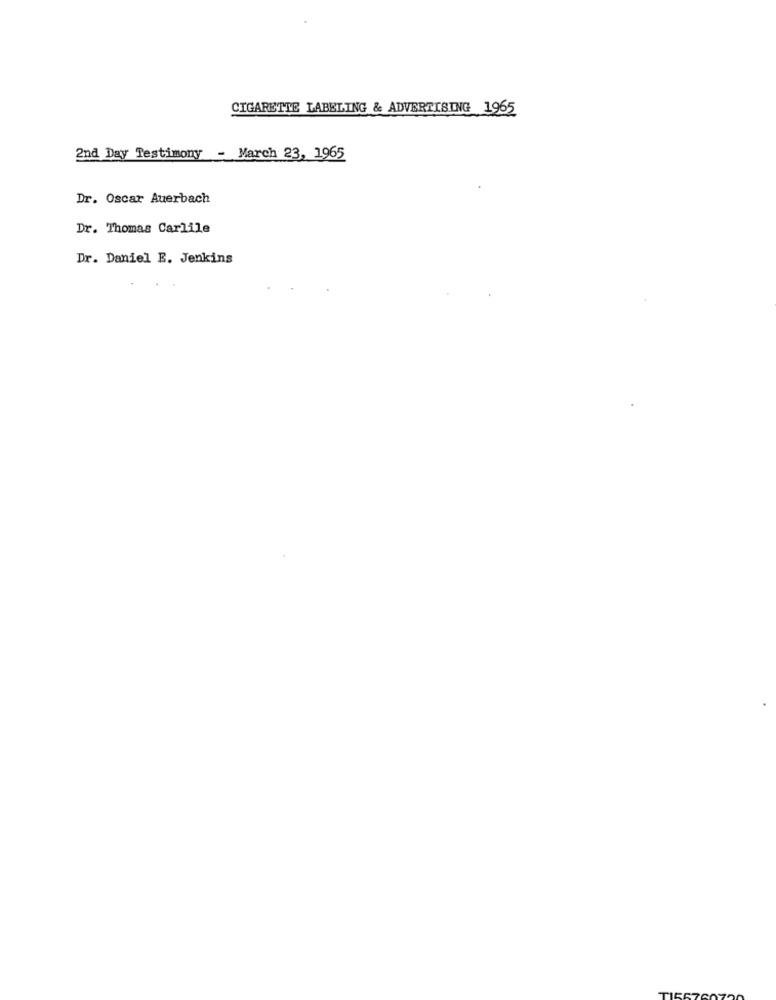
CIGARETTE LABELING & ADVERTISING 1965
2nd Day Testimony - March 23, 1965
Dr. Oscar Auerbach
Dr. Thomas Carlile
Dr. Daniel E. Jenkins